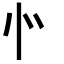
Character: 㣺